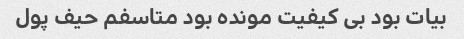
بیات بود بی کیفیت مونده بود متاسفم حیف پول